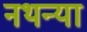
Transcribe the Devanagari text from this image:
नथन्या